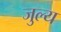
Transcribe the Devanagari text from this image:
जुल्य